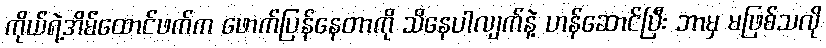
ကိုယ်ရဲ့အိမ်ထောင်ဖက်က ဖောက်ပြန်နေတာကို သိနေပါလျက်နဲ့ ဟန်ဆောင်ပြီး ဘာမှ မဖြစ်သလို